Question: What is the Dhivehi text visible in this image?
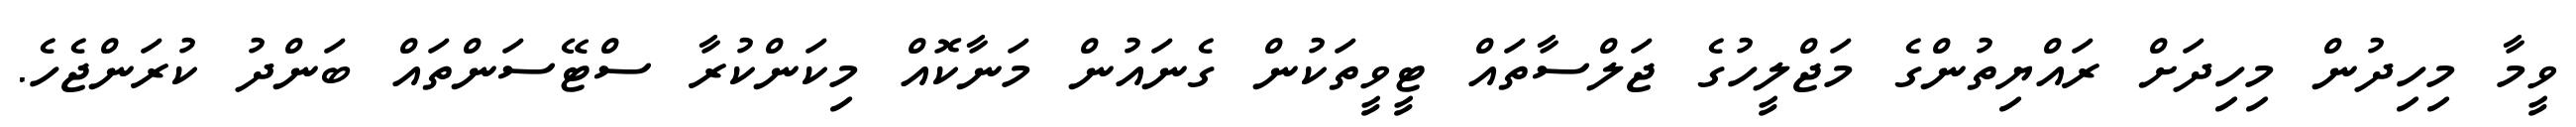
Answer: ވީމާ މިހިދުން މިހިދަށް ރައްޔިތުންގެ މަޖްލީހުގެ ޖަލްސާތައް ޓީވީތަކުން ގެނައުން މަނާކޮއް މިކަންކުރާ ސްޓޭސަންތައް ބަންދު ކުރަންޖެހެ.